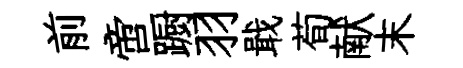
前啻蹰羽戢荀献末